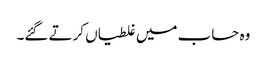
وہ حساب میں غلطیاں کرتے گئے۔